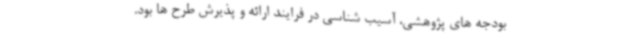
بودجه های پژوهشی، آسیب شناسی در فرایند ارائه و پذیرش طرح ها بود.